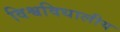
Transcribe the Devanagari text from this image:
विश्वविधालीय